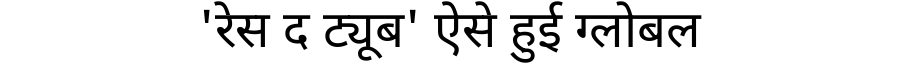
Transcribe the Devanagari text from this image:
'रेस द ट्यूब' ऐसे हुई ग्लोबल